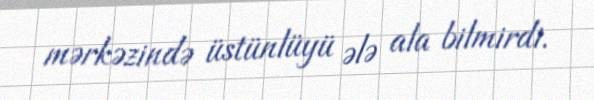
mərkəzində üstünlüyü ələ ala bilmirdi.